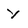
Character: y